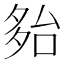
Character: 𡖤